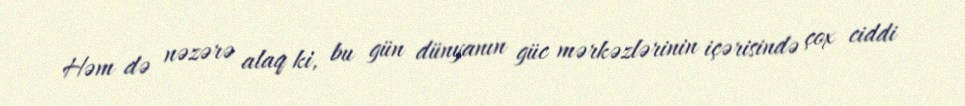
Həm də nəzərə alaq ki, bu gün dünyanın güc mərkəzlərinin içərisində çox ciddi